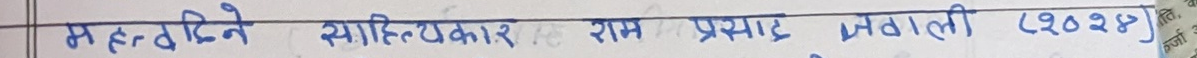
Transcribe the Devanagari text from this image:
महादिने साहित्यकार राम प्रसाद जटाली (१९०४)